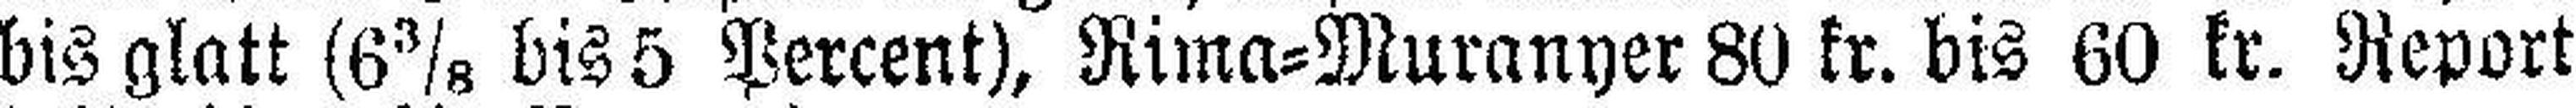
bis glatt (6⅜ bis 5 Percent), Rima=Muranyer 80 kr. bis 60 kr. Report